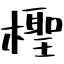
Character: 檉